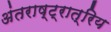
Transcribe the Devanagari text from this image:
अंतराष्ट्रात्रिय